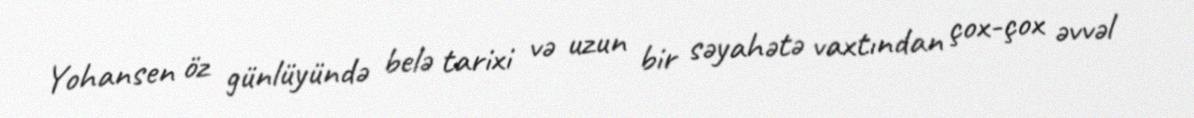
Yohansen öz günlüyündə belə tarixi və uzun bir səyahətə vaxtından çox-çox əvvəl